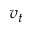
v _ { t }